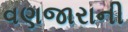
વણજારાની